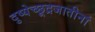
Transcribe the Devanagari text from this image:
दुष्येच्छूद्रजातीनां